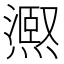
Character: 𭶉